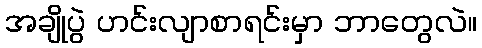
အချိုပွဲ ဟင်းလျာစာရင်းမှာ ဘာတွေလဲ။